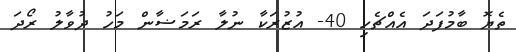
ތެޔޮ ބާމުފަދަ އެއްޗެހި 40- އުޒުރަކާ ނުލާ ރަމަޟާން މަހު ދުވާލު ރޯދަ